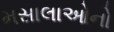
મસાલાઓનો